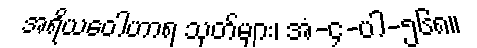
အရိယဝေါဟာရ သုတ်များ၊ အံ-၄-ပါ-၅၆၈။